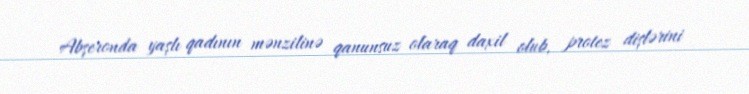
Abşeronda yaşlı qadının mənzilinə qanunsuz olaraq daxil olub, protez dişlərini